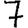
Digit: 7